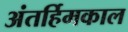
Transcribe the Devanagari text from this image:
अंतर्हिमकाल